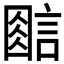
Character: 𰴿